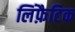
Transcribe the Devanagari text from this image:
लिंफ़ैटिक